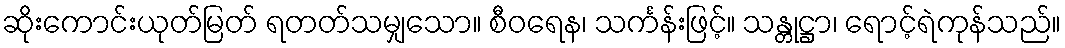
ဆိုးကောင်းယုတ်မြတ် ရတတ်သမျှသော။ စီဝရေန၊ သင်္ကန်းဖြင့်။ သန္တုဋ္ဌာ၊ ရောင့်ရဲကုန်သည်။